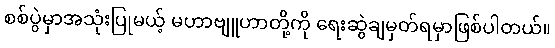
စစ်ပွဲမှာအသုံးပြုမယ့် မဟာဗျူဟာတို့ကို ရေးဆွဲချမှတ်ရမှာဖြစ်ပါတယ်။